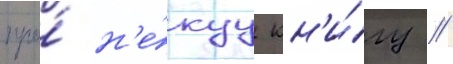
про́ н'е́куу кн'и́гу /